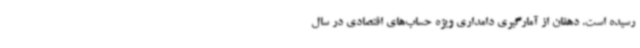
رسیده است. دهقان از آمارگیری دامداری ویژه حساب‌های اقتصادی در سال